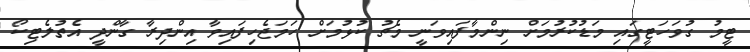
ޓީމު ގުވަހަޓީގައި މަޑުކުރުމަށް ނިންމާފައިވަނީ މެޗު ކުޅުމަށް ހަމަޖެހިފައިވާ އިންދިރާ ގާންދީ އެތުލެޓިކޯ